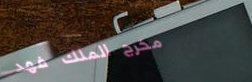
مخرج الملك فهد